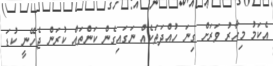
އެކަމު މިހާރު ވަރަށް ގިނަ ހުއްދަތަކެއް ނަގައިގެން ކަންތައް ކުރަން ޖެހޭނީ ކުޑަ